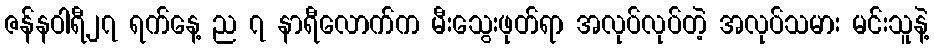
ဇန်နဝါရီ၂၇ ရက်နေ့ ည ၇ နာရီလောက်က မီးသွေးဖုတ်ရာ အလုပ်လုပ်တဲ့ အလုပ်သမား မင်းသူနဲ့